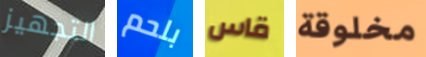
التجهيز بلحم قاس مخلوقة